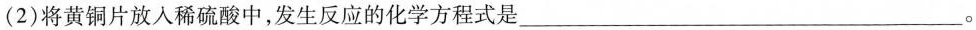
(2)将黄铜片放入稀硫酸中，发生反应的化学方程式是___。